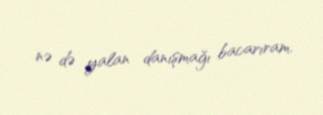
nə də yalan danışmağı bacarıram.